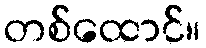
တစ်ထောင်။